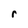
Character: r